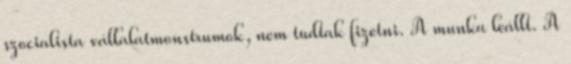
szocialista vállalatmonstrumok, nem tudtak fizetni. A munka leállt. A